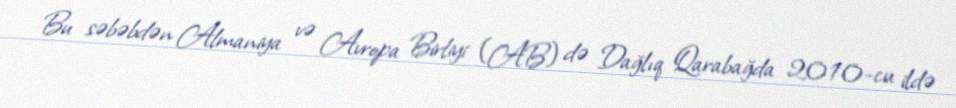
Bu səbəbdən Almaniya və Avropa Birliyi (AB) də Dağlıq Qarabağda 2010-cu ildə